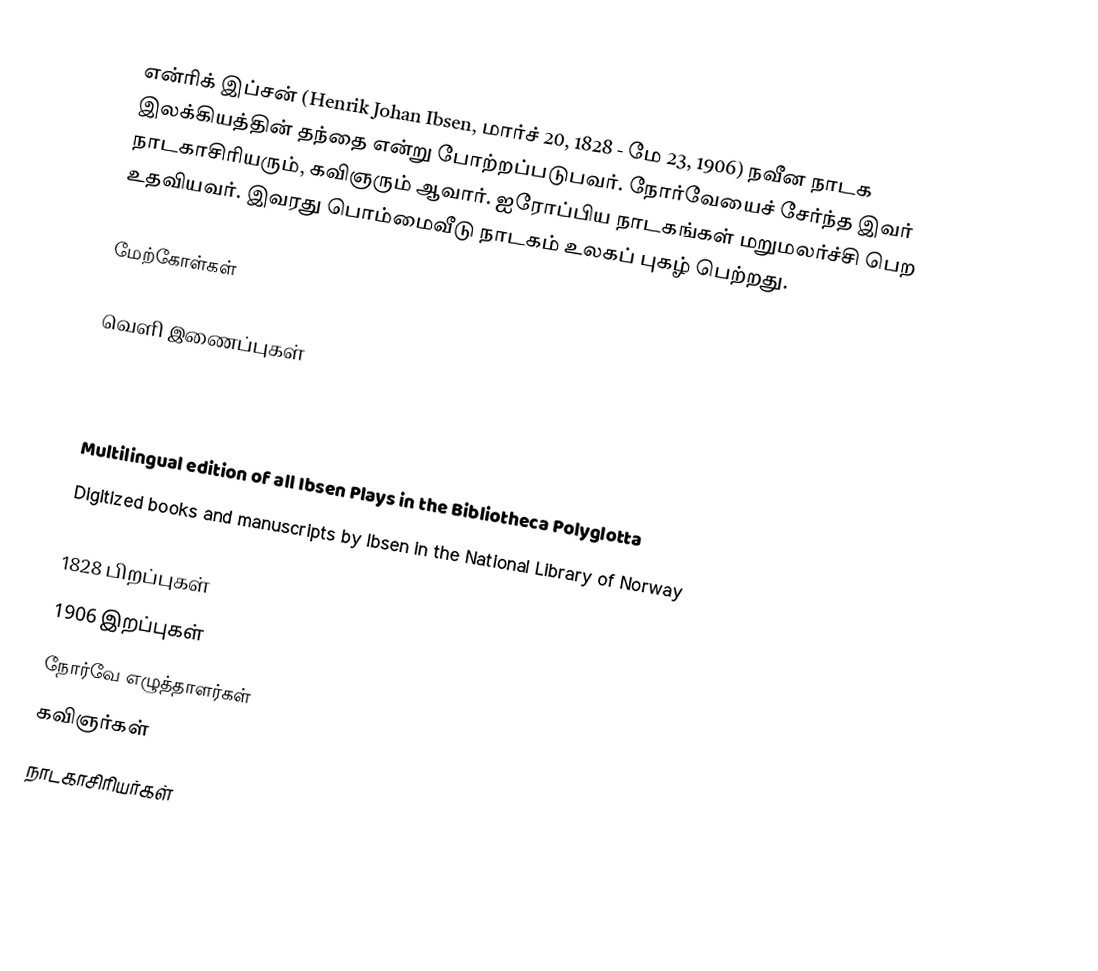
என்ரிக் இப்சன் (Henrik Johan Ibsen, மார்ச் 20, 1828 - மே 23, 1906) நவீன நாடக இலக்கியத்தின் தந்தை என்று போற்றப்படுபவர். நோர்வேயைச் சேர்ந்த இவர் நாடகாசிரியரும், கவிஞரும் ஆவார். ஐரோப்பிய நாடகங்கள் மறுமலர்ச்சி பெற உதவியவர். இவரது பொம்மைவீடு நாடகம் உலகப் புகழ் பெற்றது.

மேற்கோள்கள்

வெளி இணைப்புகள்

 Multilingual edition of all Ibsen Plays in the Bibliotheca Polyglotta
 Digitized books and manuscripts by Ibsen in the National Library of Norway

1828 பிறப்புகள்
1906 இறப்புகள்
நோர்வே எழுத்தாளர்கள்
கவிஞர்கள்
நாடகாசிரியர்கள்